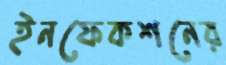
ইনফেকশনের